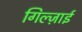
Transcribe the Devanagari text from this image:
गिल्ज़ाई